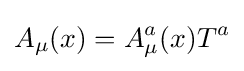
A_{\mu }(x)=A_{\mu }^{a}(x)T^{a}